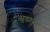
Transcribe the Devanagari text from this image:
सुडान्